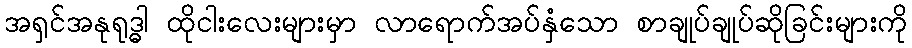
အရှင်အနုရုဒ္ဓါ ထိုငါးလေးများမှာ လာရောက်အပ်နှံသော စာချုပ်ချုပ်ဆိုခြင်းများကို